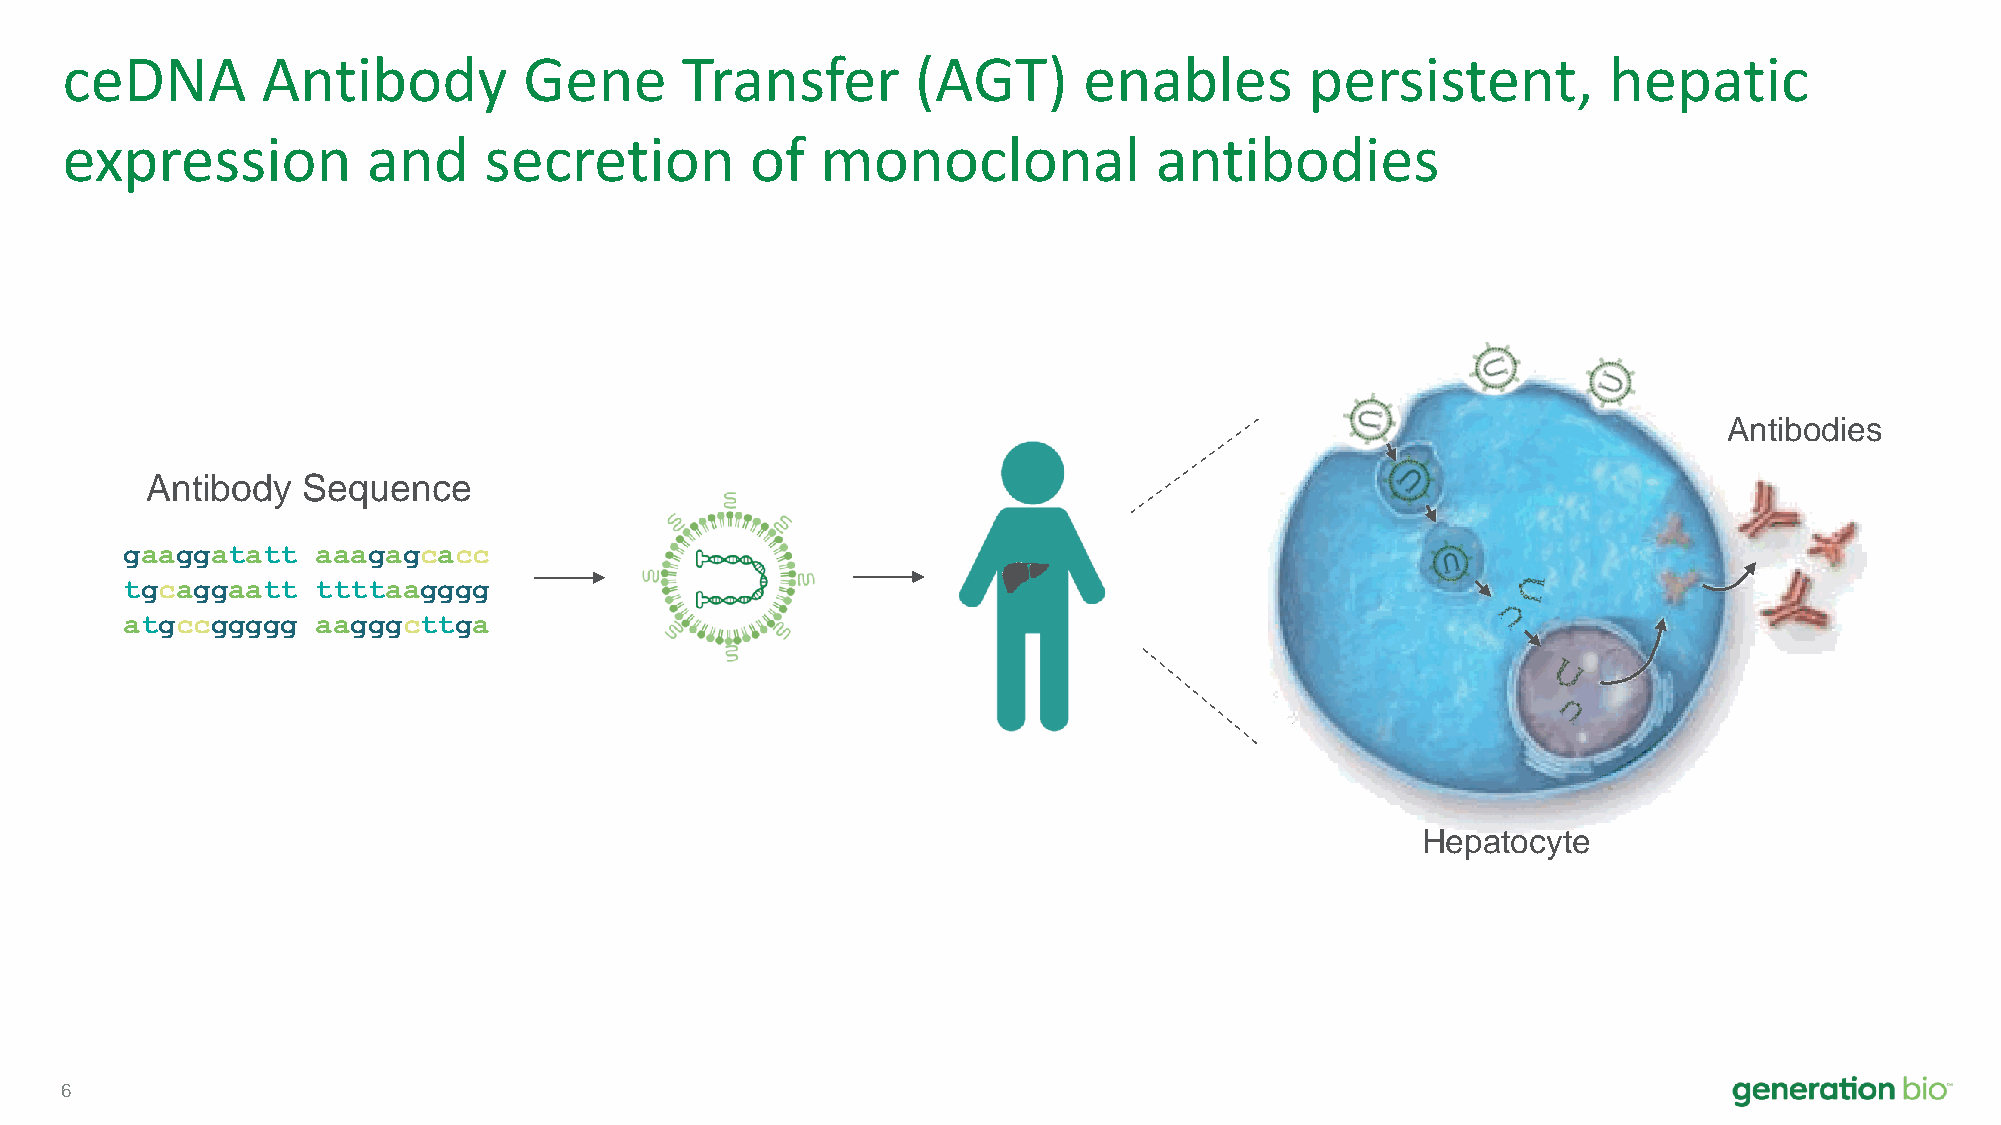
ceDNA        Antibody          Gene      Transfer        (AGT)      enables        persistent,        hepatic
 expression          and     secretion         of  monoclonal            antibodies
 Antibodies
 Antibody  Sequence
 gaaggatatt   aaagagcacc
 tgcaggaatt   ttttaagggg
 atgccggggg   aagggcttga
 Hepatocyte
 6